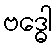
ဗဒ္ဓေါ